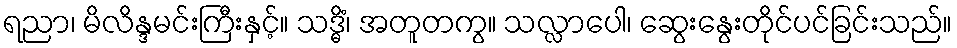
ရညာ၊ မိလိန္ဒမင်းကြီးနှင့်။ သဒ္ဓိံ၊ အတူတကွ။ သလ္လာပေါ၊ ဆွေးနွေးတိုင်ပင်ခြင်းသည်။